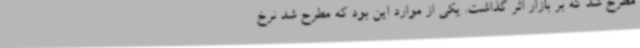
مطرح شد که بر بازار اثر گذاشت. یکی از موارد این بود که مطرح شد نرخ